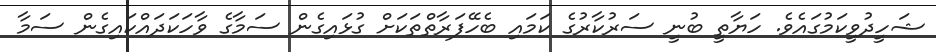
ޝަހީދުވީކަމުގައެވެ. ހަޔާތީ ބުނީ ސަރުކާރުގެ ކަމައި ބެހޭފަރާތްތަކަށް ގުޅައިގެން ސަމާގެ ވާހަކަދައްކައިގެން ސަމާ